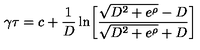
\gamma \tau = c + { \frac { 1 } { D } } \ln \biggl [ { \frac { \sqrt { D ^ { 2 } + e ^ { \rho } } - D } { \sqrt { D ^ { 2 } + e ^ { \rho } } + D } } \biggr ]